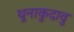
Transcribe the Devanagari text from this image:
थूनाकुदावु